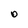
Character: O